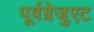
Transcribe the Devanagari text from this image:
पूर्वग्रेजुएट